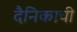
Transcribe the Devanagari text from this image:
दैनिकाची